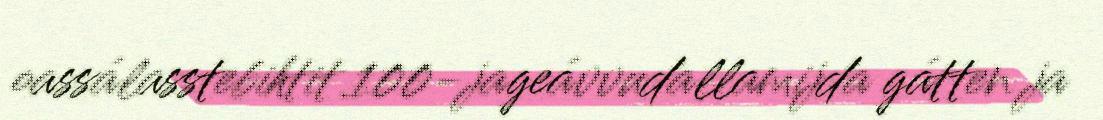
oassálasstebihtit 100-jageávvudallamijda gátten ja